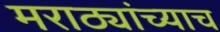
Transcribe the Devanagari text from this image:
मराठ्यांच्याच